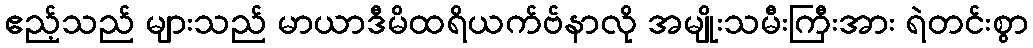
ဧည့်သည် များသည် မာယာဒီမိထရိယက်ဗ်နာလို အမျိုးသမီးကြီးအား ရဲတင်းစွာ